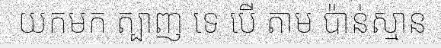
យកមក ត្បាញ ទេ បើ តាម ប៉ាន់ស្មាន